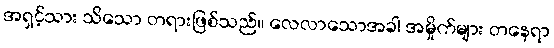
အရှင့်သား သိသော တရားဖြစ်သည်။ လေလာသောအခါ အမှိုက်များ တနေရာ